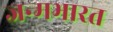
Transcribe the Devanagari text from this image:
जन्मभारत